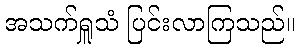
အသက်ရှူသံ ပြင်းလာကြသည်။